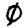
Digit: 0